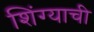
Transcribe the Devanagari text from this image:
शिंग्याची